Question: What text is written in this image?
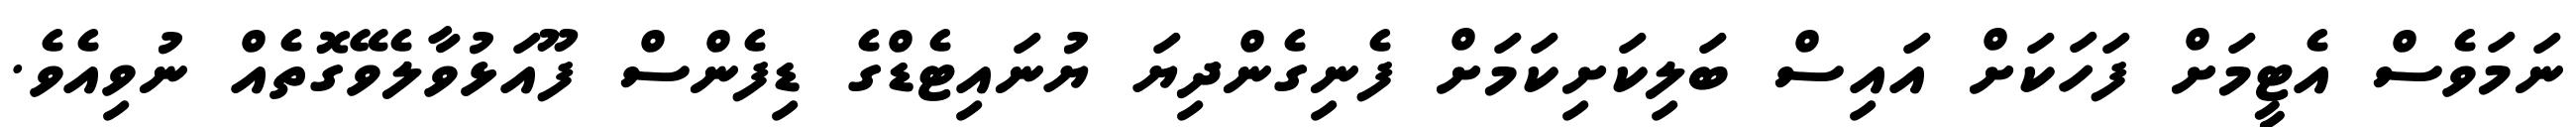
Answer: ނަމަވެސް އެޓީމަށް ފަހަކަށް އައިސް ބަލިކަށިކަމަށް ފެނިގެންދިޔަ ޔުނައިޓެޑްގެ ޑިފެންސް ފޫއަޅުވާލެވޭގޮތެއް ނުވިއެވެ.